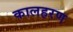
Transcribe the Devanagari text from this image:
कालहरण